Vaccination in Bombay 1889-1901 - 1889-1901
Year: 1889
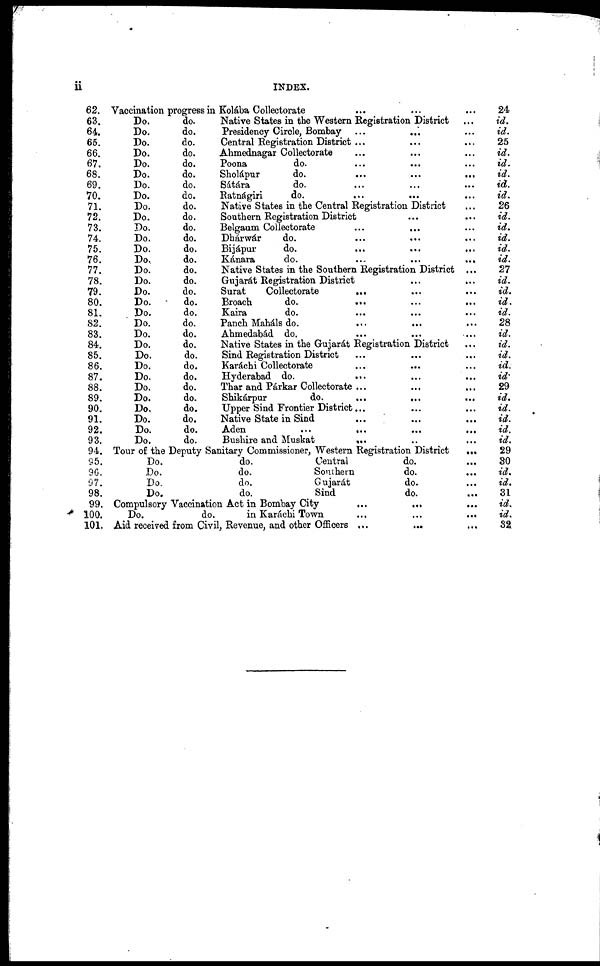
ii
INDEX.
62.
63.
64.
65.
66.
67.
68.
69.
70.
71.
72.
73.
74.
75.
76.
77.
78.
79.
80.
81.
82.
83.
84.
85.
86.
87.
88.
89.
90.
91.
92.
93.
94.
95.
96.
97.
98.
99.
100.
101.
Vaccination progress in Kolába Collectorate ... ... ...
Do.
do.
Native States in the Western Registration District ...
Do.
do.
Presidency Circle, Bombay ... ... ...
Do.
do.
Central Registration District ... ... ...
Do.
do.
Ahmednagar Collectorate ... ... ...
Do.
do.
Poona
do. ... ... ...
Do.
do.
Sholápur
do. ... ... ...
Do.
do.
Sátára
do. ... ... ...
Do.
do.
Ratnágiri
do. ... ... ...
Do.
do.
Native States in the Central Registration District ...
Do.
do.
Southern Registration District ... ... ...
Do.
do.
Belgaum Collectorate
...
... ...
Do.
do.
Dhárwár
do. ... ... ...
Do.
do.
Bijápur
do.
...
...
...
Do..
do.
Kánara
do.
...
...
...
Do.
do.
Native States in the Southern Registration District ...
Do.
do.
Gujarát Registration District ... ...
Do.
do.
Surat
Collectorate
... ... ...
Do.
do.
Broach
do.
...
...
...
Do.
do.
Kaira
do. ... ... ...
Do.
do.
Panch Maháls do.
...
... ...
Do.
do.
Ahmedabád. do. ... ... ...
Do.
do.
Native States in the Gujarát Registration District ...
Do.
do.
Sind Registration District ... ... ...
Do.
do.
Karáchi Collectorate ... ... ...
Do.
do.
Hyderabad do.
...
...
...
Do.
do.
Thar and Párkar Collectorate ... ... ...
Do.
do.
Shikárpur
do.
...
...
...
Do.
do.
Upper Sind Frontier District... ... ...
Do.
do.
Native State in Sind ... ... ...
Do.
do.
Aden
...
...
...
...
Do.
do.
Bushire and Muskat ... ... ...
Tour of the Deputy Sanitary Commissioner, Western Registration District
...
Do.
do.
Central
do. ...
Do.
do.
Southern
do.
...
Do.
do.
Gujarát
do. ...
Do.
do.
Sind
do.
...
Compulsory Vaccination Act in Bombay City
...
...
...
Do.
do.
in Karáchi Town
...
...
...
Aid received from Civil, Revenue, and other Officers ... ... ...
24
id.
id.
25
id.
id.
id.
id.
id.
26
id.
id.
id.
id.
id.
27
id.
id.
id.
id.
28
id.
id.
id.
id.
id.
29
id.
id.
id.
id.
id.
29
30
id.
id.
31
id.
id.
32